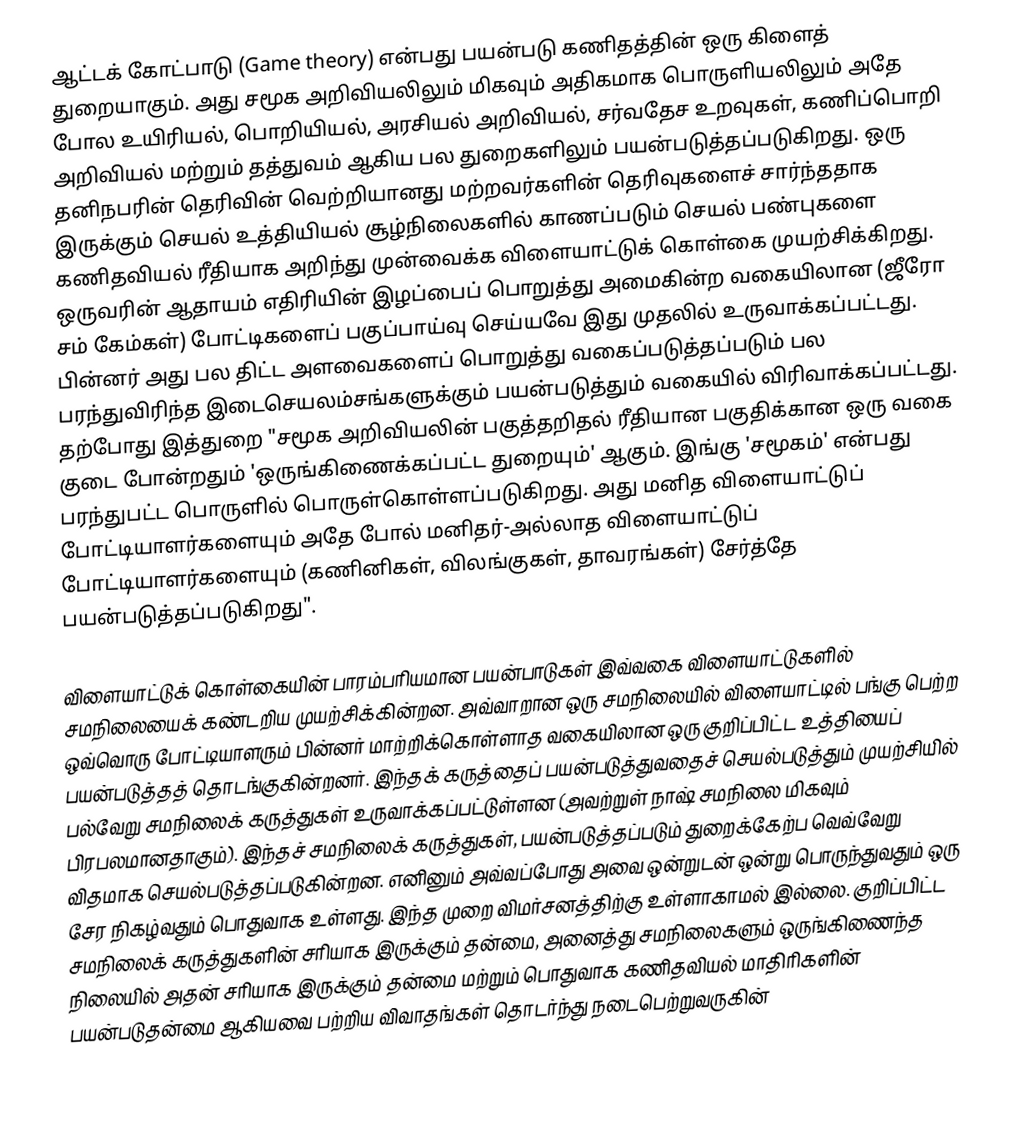
ஆட்டக் கோட்பாடு (Game theory) என்பது பயன்படு கணிதத்தின் ஒரு கிளைத் துறையாகும். அது சமூக அறிவியலிலும் மிகவும் அதிகமாக பொருளியலிலும் அதே போல உயிரியல், பொறியியல், அரசியல் அறிவியல், சர்வதேச உறவுகள், கணிப்பொறி அறிவியல் மற்றும் தத்துவம் ஆகிய பல துறைகளிலும் பயன்படுத்தப்படுகிறது. ஒரு தனிநபரின் தெரிவின் வெற்றியானது மற்றவர்களின் தெரிவுகளைச் சார்ந்ததாக இருக்கும் செயல் உத்தியியல் சூழ்நிலைகளில் காணப்படும் செயல் பண்புகளை கணிதவியல் ரீதியாக அறிந்து முன்வைக்க விளையாட்டுக் கொள்கை முயற்சிக்கிறது. ஒருவரின் ஆதாயம் எதிரியின் இழப்பைப் பொறுத்து அமைகின்ற வகையிலான (ஜீரோ சம் கேம்கள்) போட்டிகளைப் பகுப்பாய்வு செய்யவே இது முதலில் உருவாக்கப்பட்டது. பின்னர் அது பல திட்ட அளவைகளைப் பொறுத்து வகைப்படுத்தப்படும் பல பரந்துவிரிந்த இடைசெயலம்சங்களுக்கும் பயன்படுத்தும் வகையில் விரிவாக்கப்பட்டது. தற்போது இத்துறை "சமூக அறிவியலின் பகுத்தறிதல் ரீதியான பகுதிக்கான ஒரு வகை குடை போன்றதும் 'ஒருங்கிணைக்கப்பட்ட துறையும்' ஆகும். இங்கு 'சமூகம்' என்பது பரந்துபட்ட பொருளில் பொருள்கொள்ளப்படுகிறது. அது மனித விளையாட்டுப் போட்டியாளர்களையும் அதே போல் மனிதர்-அல்லாத விளையாட்டுப் போட்டியாளர்களையும் (கணினிகள், விலங்குகள், தாவரங்கள்) சேர்த்தே பயன்படுத்தப்படுகிறது".

விளையாட்டுக் கொள்கையின் பாரம்பரியமான பயன்பாடுகள் இவ்வகை விளையாட்டுகளில் சமநிலையைக் கண்டறிய முயற்சிக்கின்றன. அவ்வாறான ஒரு சமநிலையில் விளையாட்டில் பங்கு பெற்ற ஒவ்வொரு போட்டியாளரும் பின்னர் மாற்றிக்கொள்ளாத வகையிலான ஒரு குறிப்பிட்ட உத்தியைப் பயன்படுத்தத் தொடங்குகின்றனர். இந்தக் கருத்தைப் பயன்படுத்துவதைச் செயல்படுத்தும் முயற்சியில் பல்வேறு சமநிலைக் கருத்துகள் உருவாக்கப்பட்டுள்ளன (அவற்றுள் நாஷ் சமநிலை மிகவும் பிரபலமானதாகும்). இந்தச் சமநிலைக் கருத்துகள், பயன்படுத்தப்படும் துறைக்கேற்ப வெவ்வேறு விதமாக செயல்படுத்தப்படுகின்றன. எனினும் அவ்வப்போது அவை ஒன்றுடன் ஒன்று பொருந்துவதும் ஒரு சேர நிகழ்வதும் பொதுவாக உள்ளது. இந்த முறை விமர்சனத்திற்கு உள்ளாகாமல் இல்லை. குறிப்பிட்ட சமநிலைக் கருத்துகளின் சரியாக இருக்கும் தன்மை, அனைத்து சமநிலைகளும் ஒருங்கிணைந்த நிலையில் அதன் சரியாக இருக்கும் தன்மை மற்றும் பொதுவாக கணிதவியல் மாதிரிகளின் பயன்படுதன்மை ஆகியவை பற்றிய விவாதங்கள் தொடர்ந்து நடைபெற்றுவருகின்